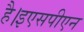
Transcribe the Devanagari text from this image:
है।इएसपीएन